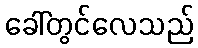
ခေါ်တွင်လေသည်